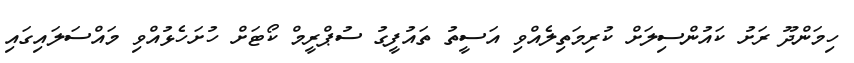
ހިމަންދޫ ރަށު ކައުންސިލަށް ކުރިމަތިލެއްވި އަސީތު ތައުފީގު ސުޕްރީމް ކޯޓަށް ހުށަހެޅުއްވި މައްސަލައިގައި